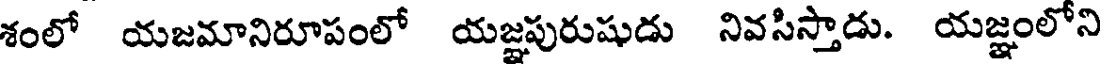
శంలో యజమానిరూపంలో యజ్ఞపురుషుడు నివసిస్తాడు. యజ్ఞంలోని